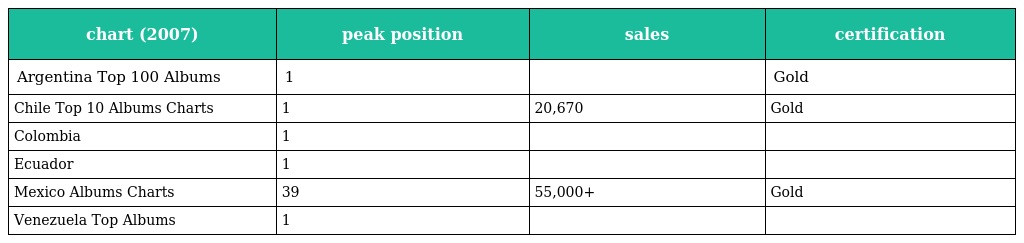
| chart (2007) | peak position | sales | certification |
 | --- | --- | --- | --- |
 | Argentina Top 100 Albums | 1 |  | Gold |
 | Chile Top 10 Albums Charts | 1 | 20,670 | Gold |
 | Colombia | 1 |  |  |
 | Ecuador | 1 |  |  |
 | Mexico Albums Charts | 39 | 55,000+ | Gold |
 | Venezuela Top Albums | 1 |  |  |